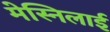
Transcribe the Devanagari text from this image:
मेस्निलाई